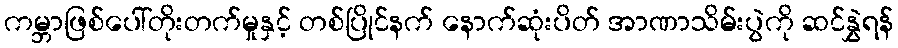
ကမ္ဘာဖြစ်ပေါ်တိုးတက်မှုနှင့် တစ်ပြိုင်နက် နောက်ဆုံးပိတ် အာဏာသိမ်းပွဲကို ဆင်နွှဲရန်